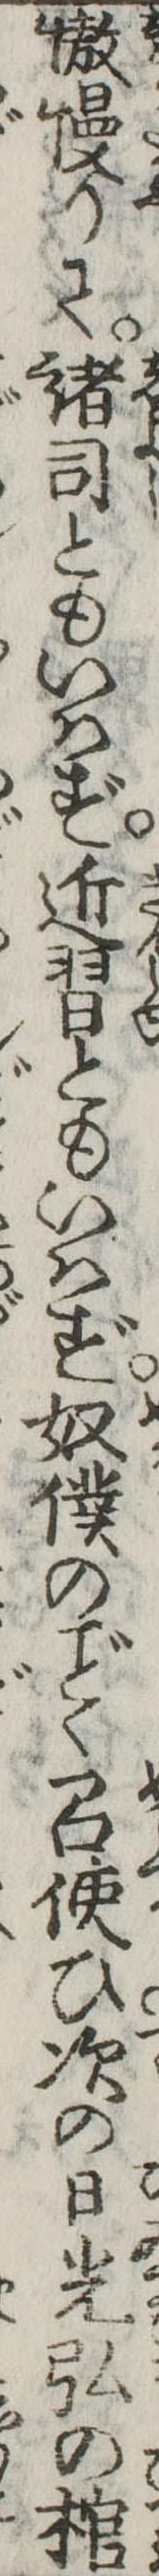
傲慢りて諸司ともいはず近習ともいはず奴僕のく召使ひ次の日光弘の棺